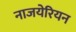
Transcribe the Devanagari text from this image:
नाजयेरियन